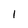
Character: I